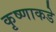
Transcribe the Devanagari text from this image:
कृष्णाकडे